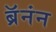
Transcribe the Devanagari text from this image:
ब्रॅनंन